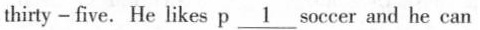
thirty -five. He likes p \underline1